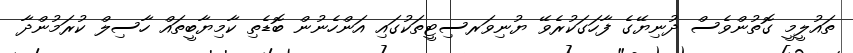
ތައުލީމީ ގޮތުންވެސް ދުނިޔޭގެ ފާހަގަކުރެވޭ ޔުނިވަރސިޓީތަކުގައި އަންހެނުން ބޮޑެތި ކާމިޔާބީތައް ހާސިލް ކުރަމުންދާ